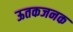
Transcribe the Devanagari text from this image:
ऊतकजनक